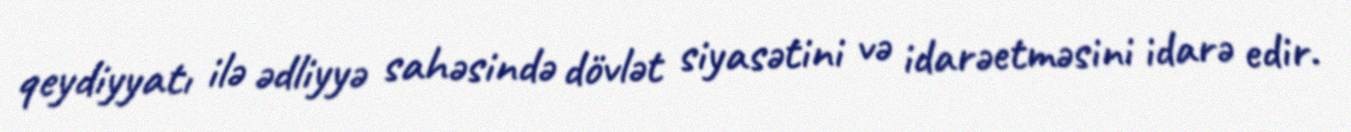
qeydiyyatı ilə ədliyyə sahəsində dövlət siyasətini və idarəetməsini idarə edir.